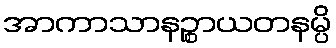
အာကာသာနဉ္စာယတနမ္ပိ